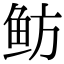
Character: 鲂